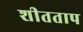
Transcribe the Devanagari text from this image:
शीतताप